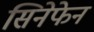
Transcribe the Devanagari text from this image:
सिनेफेन